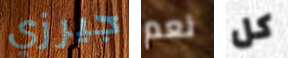
جيرزي نعم كل